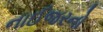
નાઈજરનો